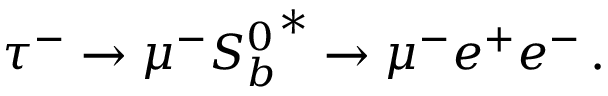
\tau ^ { - } \to \mu ^ { - } { S _ { b } ^ { 0 } } ^ { \ast } \to \mu ^ { - } e ^ { + } e ^ { - } \, .